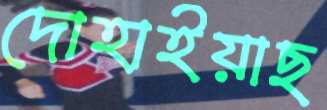
দোহাইয়াছ